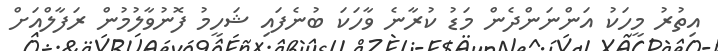
އިތުރު މީހަކު އަންނަންދެން މަޑު ކުރާނެ ވާހަކަ ބުނެފައި ޝަހީމު ފޮނުވާލުމުން ރަފާލްއަށް